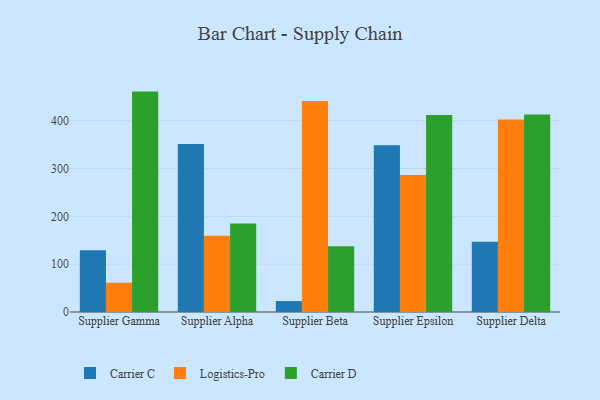
{"axis": {"x": "Supplier", "y": "Latency (ms)"}, "legend": ["Carrier C", "Carrier D", "Logistics-Pro"], "data": [{"x": "Supplier Gamma", "y": 129.0, "type": "Carrier C"}, {"x": "Supplier Gamma", "y": 61.2, "type": "Logistics-Pro"}, {"x": "Supplier Gamma", "y": 460.8, "type": "Carrier D"}, {"x": "Supplier Alpha", "y": 351.4, "type": "Carrier C"}, {"x": "Supplier Alpha", "y": 159.6, "type": "Logistics-Pro"}, {"x": "Supplier Alpha", "y": 185.2, "type": "Carrier D"}, {"x": "Supplier Beta", "y": 22.8, "type": "Carrier C"}, {"x": "Supplier Beta", "y": 441.1, "type": "Logistics-Pro"}, {"x": "Supplier Beta", "y": 137.4, "type": "Carrier D"}, {"x": "Supplier Epsilon", "y": 348.4, "type": "Carrier C"}, {"x": "Supplier Epsilon", "y": 286.3, "type": "Logistics-Pro"}, {"x": "Supplier Epsilon", "y": 411.7, "type": "Carrier D"}, {"x": "Supplier Delta", "y": 146.7, "type": "Carrier C"}, {"x": "Supplier Delta", "y": 402.4, "type": "Logistics-Pro"}, {"x": "Supplier Delta", "y": 413.1, "type": "Carrier D"}]}